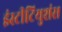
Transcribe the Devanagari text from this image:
इंस्टीटियुशंस